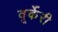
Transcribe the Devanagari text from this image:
वूर्केरी